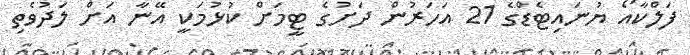
ފަލްކާއޯ ޔުނައިޓެޑްގެ 21 އަހަރުން ދަށުގެ ޓީމަށް ކުޅުމަކީ އޭނާ އަށް ލަދުވެތި